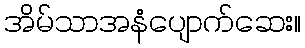
အိမ်သာအနံပျောက်ဆေး။